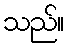
သည်။